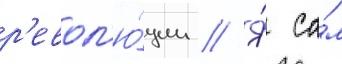
р'евол'ю́ции // Я́ са́м